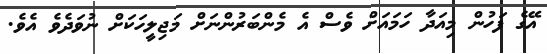
އޭގެ ފަހުން މިއަދާ ހަމައަށް ވެސް އެ މެންބަރުންނަށް މަޖިލީހަކަށް ނުވަދެވެ އެވެ.